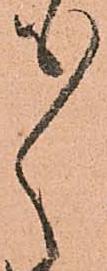
々